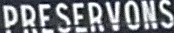
PRESERVONS